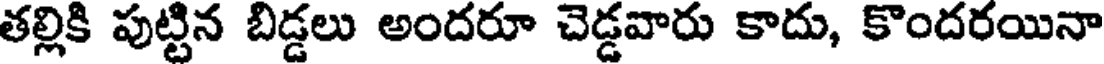
తల్లికి పుట్టిన బిడ్డలు అందరూ చెడ్డవారు కాదు, కొందరయినా